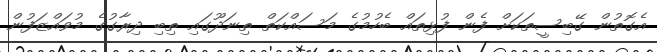
އެގޮތުން ގޭބިސީތަކަށް ފެން ފުޅިތައް ބެހުމުގެ މަސައްކަތް ތިނަދޫގައި ތިބި ދިރާގުގެ މުވައްޒަފުން